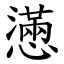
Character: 懣